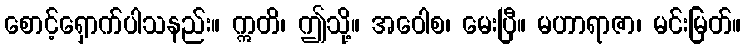
စောင့်ရှောက်ပါသနည်း။ ဣတိ၊ ဤသို့။ အဝေါစ၊ မေးပြီ။ မဟာရာဇာ၊ မင်းမြတ်။